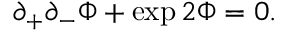
\partial _ { + } \partial _ { - } \Phi + \exp { 2 \Phi } = 0 .